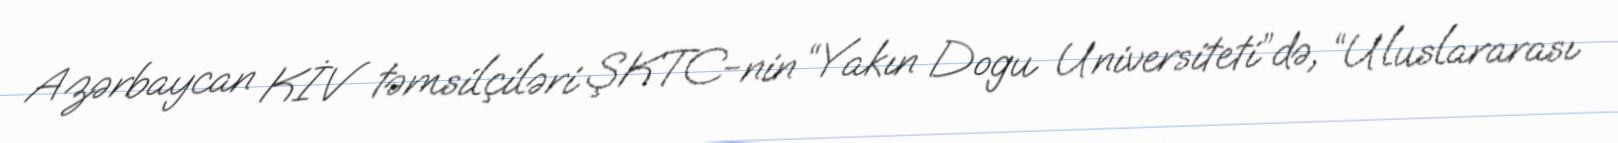
Azərbaycan KİV təmsilçiləri ŞKTC-nin “Yakın Dogu Universiteti”də, “Uluslararası